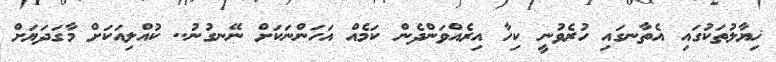
ޚިޔާލުތަކުގައި އެތާނގައި ހުރެވުނީ ކިހާ އިރެއްވަންދެން ކަމެއް އަހަންނަކަށް ނޭނގުނު.. ކުއްލިއަކަށް މާގަދަޔަށް